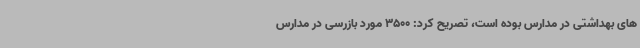
های بهداشتی در مدارس بوده است، تصریح کرد: 3500 مورد بازرسی در مدارس